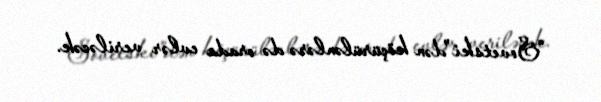
“Sovetski”dən köçürülənlərə də orada evlər veriləcək.